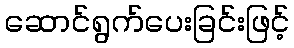
ဆောင်ရွက်ပေးခြင်းဖြင့်